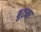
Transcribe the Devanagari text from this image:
बुटना